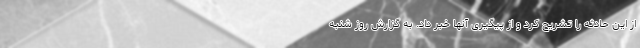
از این حادثه را تشریح کرد و از پیگیری آنها خبر داد. به گزارش روز شنبه